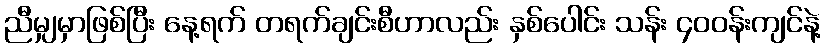
ညီမျှမှာဖြစ်ပြီး နေ့ရက် တရက်ချင်းစီဟာလည်း နှစ်ပေါင်း သန်း ၄၀၀န်းကျင်နဲ့